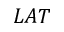
L A T